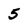
Character: 5